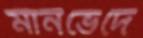
মানভেদে